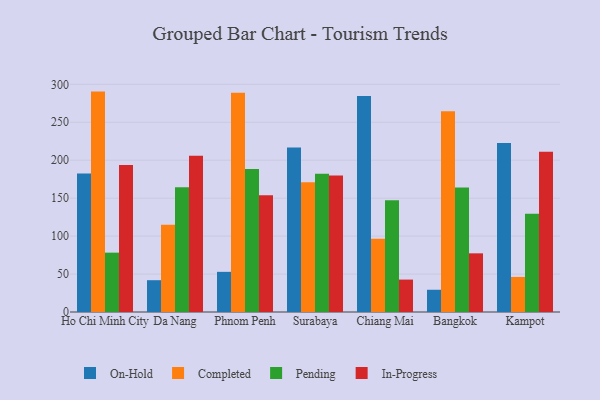
{"axis": {"x": "City", "y": "Tickets Resolved"}, "legend": ["Completed", "In-Progress", "On-Hold", "Pending"], "data": [{"x": "Ho Chi Minh City", "y": 182.6, "type": "On-Hold"}, {"x": "Ho Chi Minh City", "y": 290.4, "type": "Completed"}, {"x": "Ho Chi Minh City", "y": 78.2, "type": "Pending"}, {"x": "Ho Chi Minh City", "y": 193.7, "type": "In-Progress"}, {"x": "Da Nang", "y": 41.9, "type": "On-Hold"}, {"x": "Da Nang", "y": 114.8, "type": "Completed"}, {"x": "Da Nang", "y": 164.3, "type": "Pending"}, {"x": "Da Nang", "y": 206.0, "type": "In-Progress"}, {"x": "Phnom Penh", "y": 52.9, "type": "On-Hold"}, {"x": "Phnom Penh", "y": 288.9, "type": "Completed"}, {"x": "Phnom Penh", "y": 188.4, "type": "Pending"}, {"x": "Phnom Penh", "y": 153.7, "type": "In-Progress"}, {"x": "Surabaya", "y": 216.6, "type": "On-Hold"}, {"x": "Surabaya", "y": 171.1, "type": "Completed"}, {"x": "Surabaya", "y": 182.2, "type": "Pending"}, {"x": "Surabaya", "y": 180.0, "type": "In-Progress"}, {"x": "Chiang Mai", "y": 284.5, "type": "On-Hold"}, {"x": "Chiang Mai", "y": 96.5, "type": "Completed"}, {"x": "Chiang Mai", "y": 147.2, "type": "Pending"}, {"x": "Chiang Mai", "y": 42.7, "type": "In-Progress"}, {"x": "Bangkok", "y": 29.3, "type": "On-Hold"}, {"x": "Bangkok", "y": 264.6, "type": "Completed"}, {"x": "Bangkok", "y": 164.2, "type": "Pending"}, {"x": "Bangkok", "y": 77.3, "type": "In-Progress"}, {"x": "Kampot", "y": 222.7, "type": "On-Hold"}, {"x": "Kampot", "y": 46.2, "type": "Completed"}, {"x": "Kampot", "y": 129.4, "type": "Pending"}, {"x": "Kampot", "y": 211.1, "type": "In-Progress"}]}